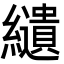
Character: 𦇞